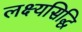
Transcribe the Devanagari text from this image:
लक्ष्यसिद्धि